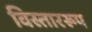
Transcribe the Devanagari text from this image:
विस्ताररूप